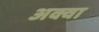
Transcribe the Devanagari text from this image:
अक्वा